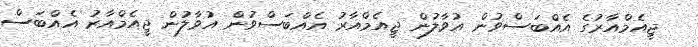
ޖީއެމްއާރުގެ އެއްބަސްވުން އުވާލުން ޖީއެމްއާރު އެއްބަސްވުން އުވާލުން ޖީއެމްއާރު އެއްބަސް